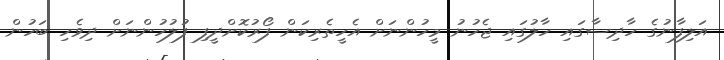
އަލިފާނުގެ ހާދިސާގައި ހާލުގައި ޖެހުނު މީހުންނަށް އެހީތެރިކަން ފޯރުކޮށްދީފި ފުލުހުންނަށް ދިވެހި ބަހުން